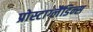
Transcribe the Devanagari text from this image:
प्रोस्टाग्लैंडिन्स